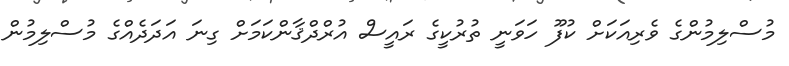
މުސްލިމުންގެ ވެރިއަކަށް ކުފޫ ހަވަނީ ތުރުކީގެ ރައީސް އުރްދްޤާންކަމަށް ގިނަ އަދަދެއްގެ މުސްލިމުން